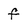
Character: f